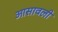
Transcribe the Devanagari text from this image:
आसावली